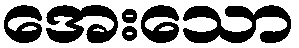
အေးသော